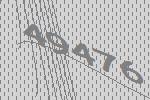
49476